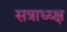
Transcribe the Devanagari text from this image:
सत्राध्य्क्ष